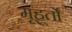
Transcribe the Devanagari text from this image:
मूहूर्तों